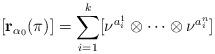
LaTeX: \begin{align*}[\mathbf{r}_{\alpha_0}(\pi)] = \sum_{i=1}^k [\nu^{a^1_i}\otimes\cdots \otimes \nu^{a^n_i}]\,\end{align*}